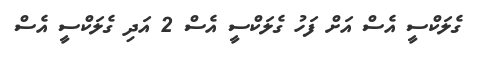
ގެލަކްސީ އެސް އަށް ފަހު ގެލަކްސީ އެސް 2 އަދި ގެލަކްސީ އެސް